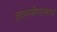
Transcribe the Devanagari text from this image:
ज्ञानयोगालाच